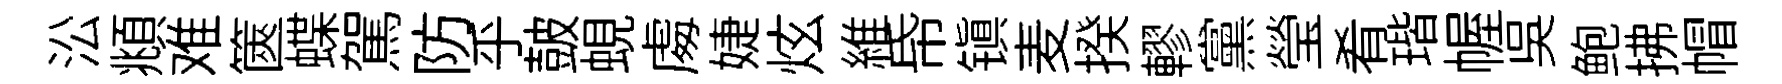
㳂頫难篋蝶駕防乎皷蜆䖏婕炫維帋镇麦揆轇黨瑩肴瑎幄吴鲍拂帽